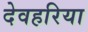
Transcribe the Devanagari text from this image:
देवहरिया